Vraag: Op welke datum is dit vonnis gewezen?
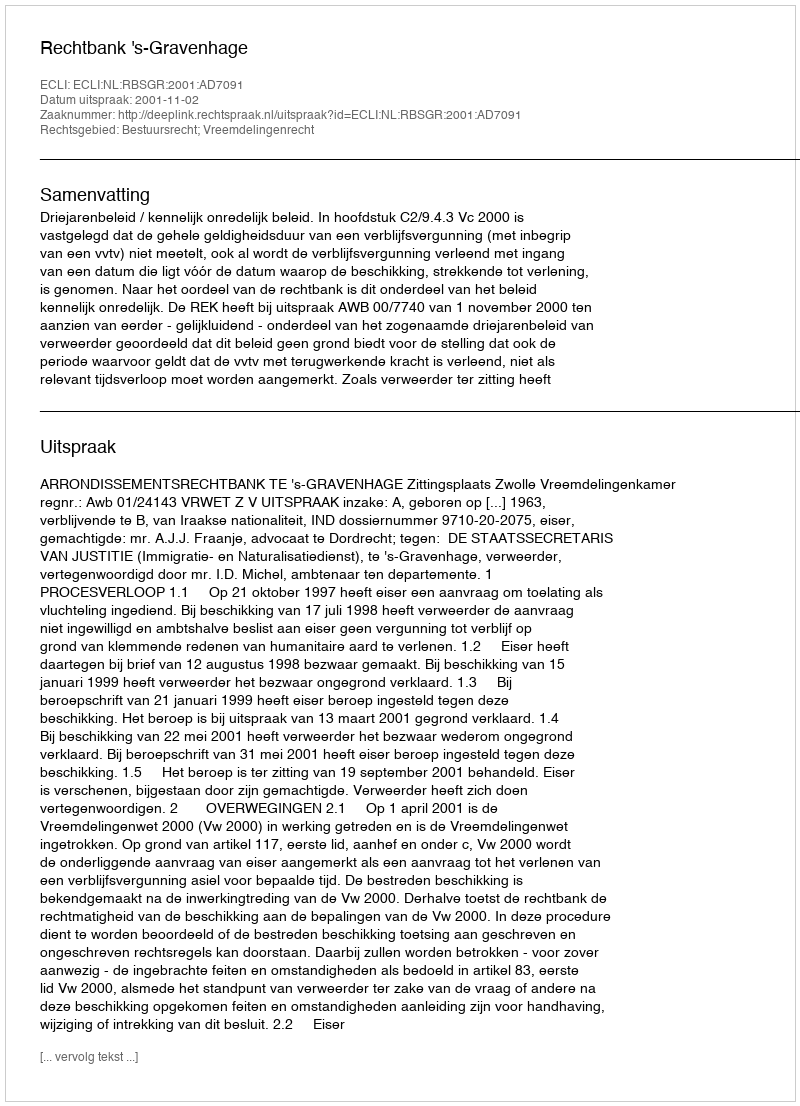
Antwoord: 2001-11-02